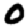
Digit: 0